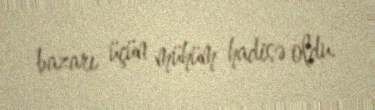
bazarı üçün mühüm hadisə oldu.